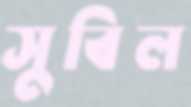
সুবিল